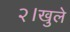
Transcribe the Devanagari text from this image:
२।खुले